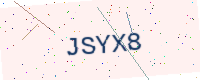
Text: JSYX8